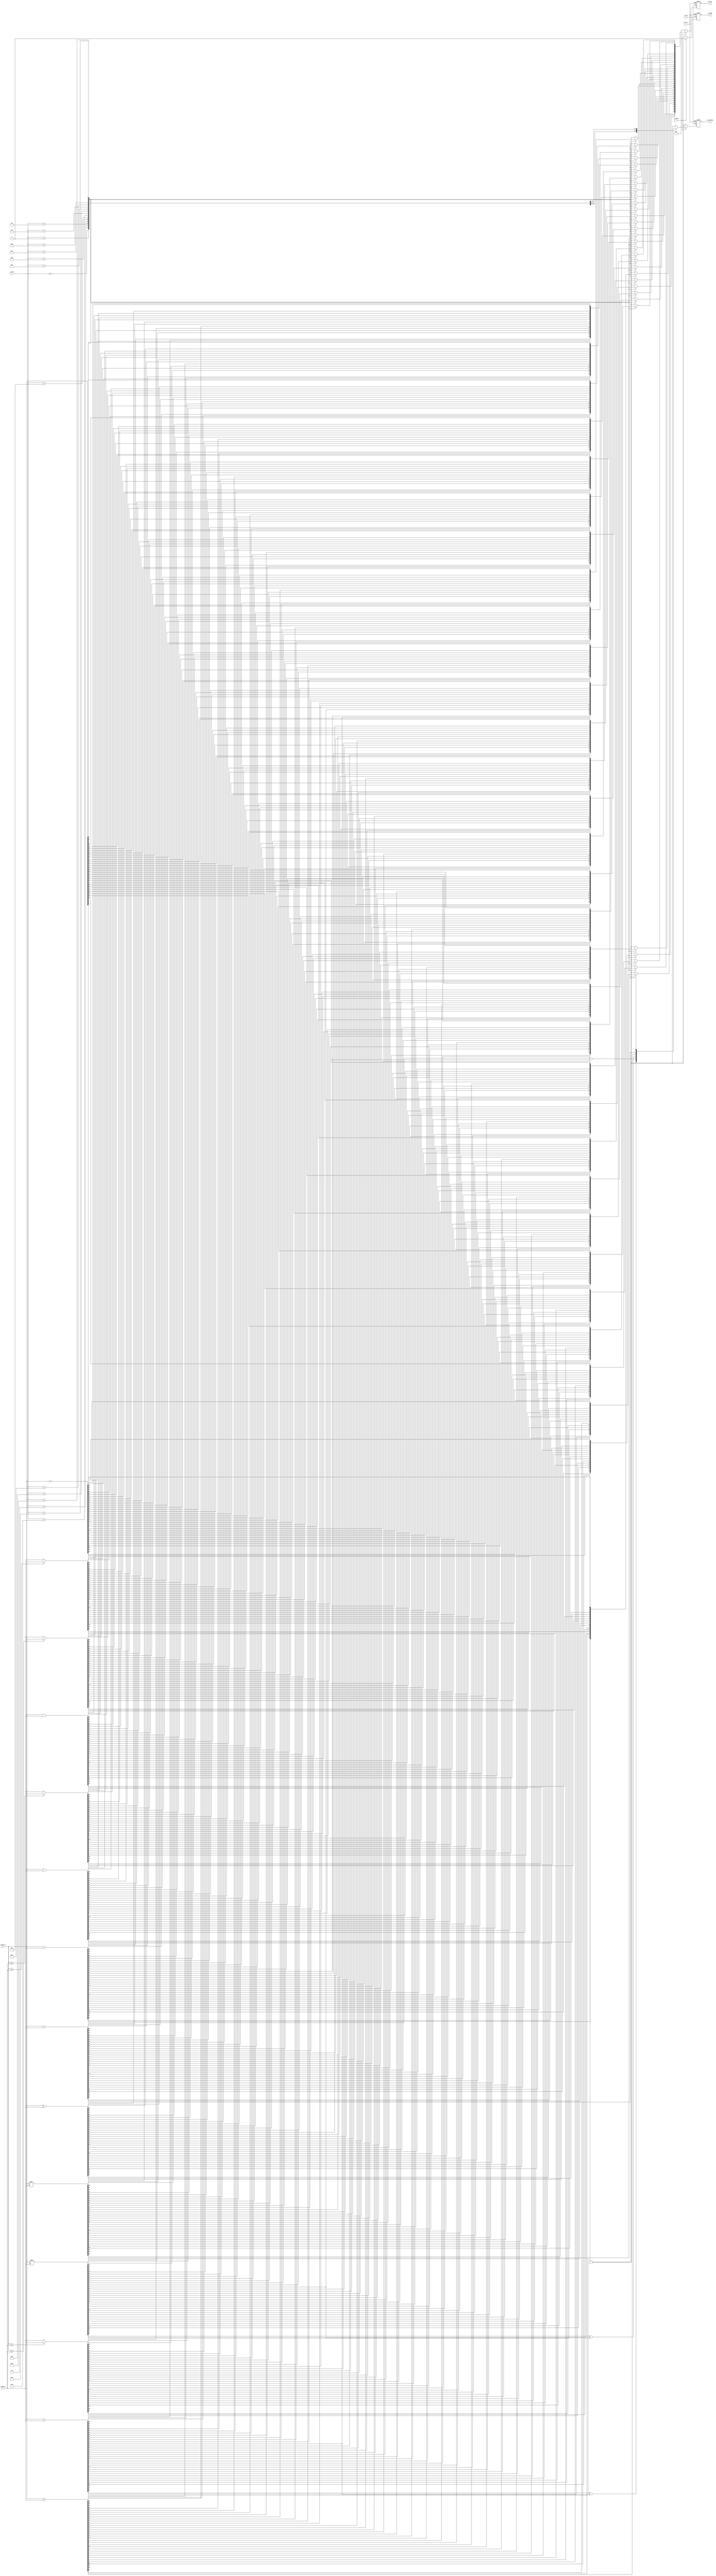
module alu #(
    parameter DATA_WIDTH = 32,
    parameter INST_WIDTH = 4
)(
    input                   i_clk,
    input                   i_rst_n,
    input  [DATA_WIDTH-1:0] i_data_a,
    input  [DATA_WIDTH-1:0] i_data_b,
    input  [INST_WIDTH-1:0] i_inst,
    input                   i_valid,
    output [DATA_WIDTH-1:0] o_data,
    output                  o_overflow,
    output                  o_valid
);

    // homework
    integer i;

    // wires and registers
    reg [DATA_WIDTH-1:0] o_data_r, o_data_w;
    reg                  o_overflow_r, o_overflow_w;
    reg                  o_valid_r, o_valid_w;

    reg                         extra;
    reg signed [DATA_WIDTH-1:0] signed_data_a, signed_data_b;

    // continuous assignment
    assign o_data = o_data_r;
    assign o_overflow = o_overflow_r;
    assign o_valid = o_valid_r;

    // combinational part
    always @(*) begin
        signed_data_a = i_data_a;
        signed_data_b = i_data_b;
        if (i_valid) begin
            case (i_inst)
                4'd0: begin
                    {extra, o_data_w} = signed_data_a + signed_data_b;
                    // if not overflow (or underflow), then the MSB (signed bit) 
                    // should be the same for all higher bits (because 
                    // singed-extended).
                    o_overflow_w = ((extra ^ o_data_w[DATA_WIDTH-1]) == 2'b1);
                    o_valid_w = 1;
                end
                4'd1: begin
                    {extra, o_data_w} = signed_data_a - signed_data_b;
                    o_overflow_w = ((extra ^ o_data_w[DATA_WIDTH-1]) == 2'b1);
                    o_valid_w = 1;
                end
                4'd2: begin
                    {extra, o_data_w} = signed_data_a * signed_data_b;
                    o_overflow_w = ((extra ^ o_data_w[DATA_WIDTH-1]) == 2'b1);
                    o_valid_w = 1;
                end
                4'd3: begin
                    o_overflow_w = 0;
                    o_data_w = (signed_data_a>=signed_data_b) ? signed_data_a : signed_data_b;
                    o_valid_w = 1;
                end
                4'd4: begin
                    o_overflow_w = 0;
                    o_data_w = (signed_data_a<=signed_data_b) ? signed_data_a : signed_data_b;
                    o_valid_w = 1;
                end
                //               33 bit           32 bit     32 bit
                4'd5: begin
                    {o_overflow_w, o_data_w} = i_data_a + i_data_b;
                    o_valid_w = 1;
                end
                4'd6: begin
                    {o_overflow_w, o_data_w} = i_data_a - i_data_b;
                    o_valid_w = 1;
                end
                4'd7: begin
                    {o_overflow_w, o_data_w} = i_data_a * i_data_b;
                    o_valid_w = 1;
                end
                4'd8: begin
                    o_overflow_w = 0;
                    o_data_w = (i_data_a>=i_data_b) ? i_data_a : i_data_b;
                    o_valid_w = 1;
                end
                4'd9: begin
                    o_overflow_w = 0;
                    o_data_w = (i_data_a<=i_data_b) ? i_data_a : i_data_b;
                    o_valid_w = 1;
                end
                4'd10: begin
                    o_overflow_w = 0;
                    o_data_w = i_data_a & i_data_b;
                    o_valid_w = 1;
                end
                4'd11: begin
                    o_overflow_w = 0;
                    o_data_w = i_data_a | i_data_b;
                    o_valid_w = 1;
                end
                4'd12: begin
                    o_overflow_w = 0;
                    o_data_w = i_data_a ^ i_data_b;
                    o_valid_w = 1;
                end
                4'd13: begin
                    o_overflow_w = 0;
                    o_data_w = ~i_data_a;
                    o_valid_w = 1;
                end
                4'd14: begin
                    o_overflow_w = 0;
                    for (i=0; i<DATA_WIDTH; i=i+1) begin
                        o_data_w[i] = i_data_a[DATA_WIDTH-1-i];
                    end
                    o_valid_w = 1; 
                end
                default: begin
                    o_overflow_w = 0;
                    o_data_w     = 0;
                    o_valid_w    = 1;
                end
            endcase
        end else begin
            o_overflow_w = 0;
            o_data_w     = 0;
            o_valid_w    = 0;
        end
    end

    // sequential part
    always @(posedge i_clk or negedge i_rst_n) begin
        if (~i_rst_n) begin
            o_data_r <= 0;
            o_overflow_r <= 0;
            o_valid_r <= 0;
        end else begin
            o_data_r <= o_data_w;
            o_overflow_r <= o_overflow_w;
            o_valid_r <= o_valid_w;
        end
    end

endmodule